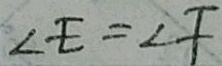
\angle E = \angle F